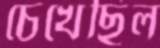
চেখেছিল